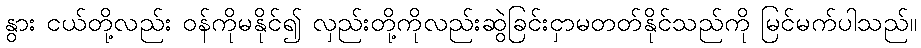
နွား ငယ်တို့လည်း ဝန်ကိုမနိုင်၍ လှည်းတို့ကိုလည်းဆွဲခြင်းငှာမတတ်နိုင်သည်ကို မြင်မက်ပါသည်။